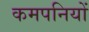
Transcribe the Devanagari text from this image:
कमपनियों